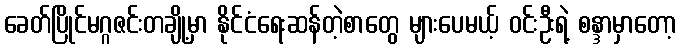
ခေတ်ပြိုင်မဂ္ဂဇင်းတချို့မှာ နိုင်ငံရေးဆန်တဲ့စာတွေ များပေမယ့် ဝင်းဦးရဲ့ စန္ဒာမှာတော့